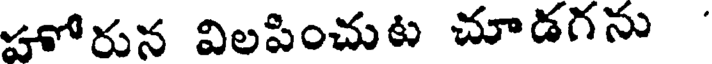
హోరున విలపించుట చూడగను